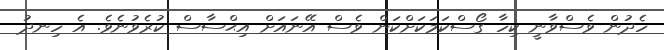
ހެދުން ވެސްވާނީ ކިހާ ގޯސްކަމަކަށްކަން ވެސް އޭނައަށް އިޙްސާސް ކުރެވުނެވެ. އެ ހިނދު